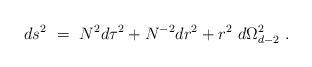
\begin{align*}ds^2~=~ N^2 d\tau^2 + N^{-2} dr^2 + r^2~d \Omega_{d-2}^2~.\end{align*}